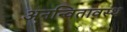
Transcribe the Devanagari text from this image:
अनन्वितावस्थ